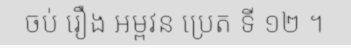
ចប់ រឿង អម្ពវន ប្រេត ទី ១២ ។